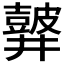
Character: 𪔏